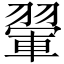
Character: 翬